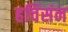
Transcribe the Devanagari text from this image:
हचिंसंन